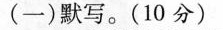
(一)默写。(10分）